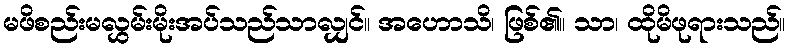
မဖိစည်းမလွှမ်းမိုးအပ်သည်သာလျှင်။ အဟောသိ၊ ဖြစ်၏။ သာ၊ ထိုမိဖုရားသည်။